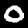
Label: 0